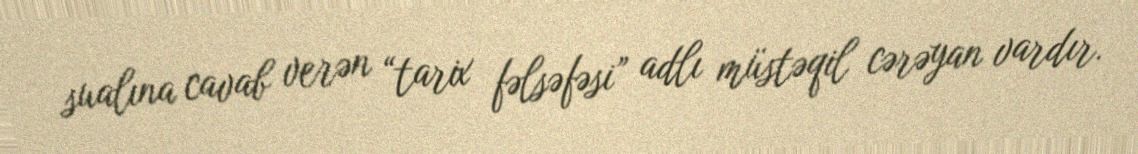
sualına cavab verən “tarix fəlsəfəsi” adlı müstəqil cərəyan vardır.